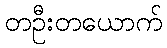
တဦးတယောက်